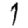
Digit: 1